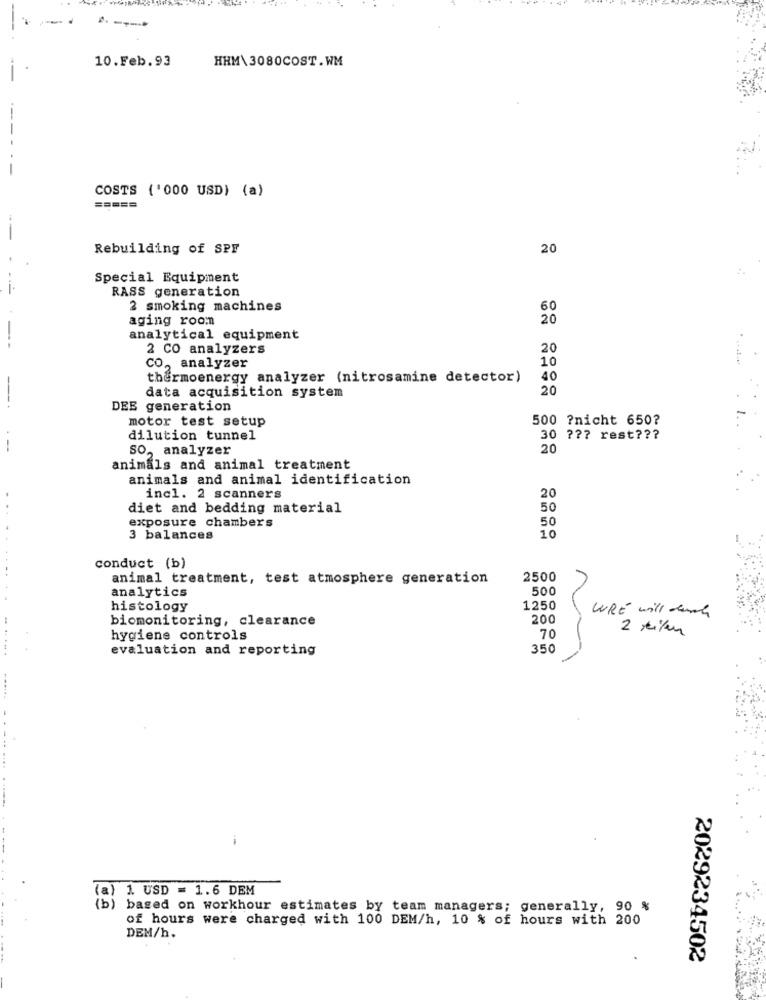
10.Feb.93
HHM\3080COST.WM
-
COSTS ('000 USD) (a)
Rebuilding of SPF
20
Special Equipment
RASS generation
2 smoking machines
60
aging room
20
analytical equipment
2 CO analyzers
20
10
: -
CO, analyzer
thermoenergy analyzer (nitrosamine detector)
40
20
data acquisition system
DEE generation
motor test setup
500 ?nicht 650?
dilution tunnel
30 ??? rest ???
--
SO, analyzer
20
animals and animal treatment
animals and animal identification
incl. 2 scanners
20
diet and bedding material
50
exposure chambers
50
3 balances
10
-
conduct (b)
animal treatment, test atmosphere generation
2500
analytics
500
histology
1250
WRE will durch
biomonitoring, clearance
200
hygiene controls
70
......
evaluation and reporting
350
------
(a)
1. USD = 1.6 DEM
(b)
based on workhour estimates by team managers; generally, 90 %
of hours were charged with 100 DEM/h, 10 % of hours with 200
DEM/h.
2029234502